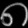
Digit: ၈